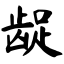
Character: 龊